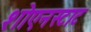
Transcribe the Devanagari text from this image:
शोएनस्टाट